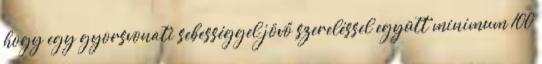
hogy egy gyorsvonati sebességgel jövő szereléssel együtt minimum 100